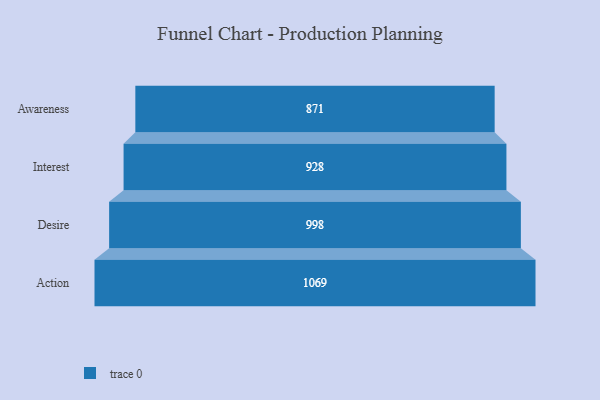
{"axis": {"x": "Stage", "y": "Value"}, "legend": [""], "data": [{"x": "Awareness", "y": 871.0, "type": ""}, {"x": "Interest", "y": 928.0, "type": ""}, {"x": "Desire", "y": 998.0, "type": ""}, {"x": "Action", "y": 1069.0, "type": ""}]}